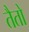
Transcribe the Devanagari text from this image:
तैतो